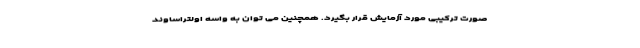
صورت ترکیبی مورد آزمایش قرار بگیرد. همچنین می توان به واسه اولتراساوند